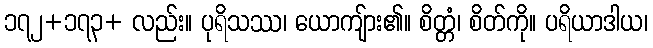
၁၇၂+၁၇၃+ လည်း။ ပုရိသဿ၊ ယောကျ်ား၏။ စိတ္တံ၊ စိတ်ကို။ ပရိယာဒါယ၊